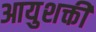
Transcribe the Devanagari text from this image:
आयुशक्ती